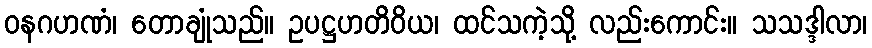
ဝနဂဟဏံ၊ တောချုံသည်။ ဥပဋ္ဌဟတိဝိယ၊ ထင်သကဲ့သို့ လည်းကောင်း။ သသဒ္ဒါလာ၊